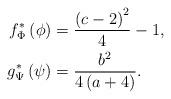
LaTeX: \begin{align*}f^{*}_\Phi \left(\phi\right) & =\frac{\left(c-2\right)^{2}}{4}-1,\\g^{*}_\Psi\left(\psi\right) & =\frac{b^{2}}{4\left(a+4\right)}.\end{align*}